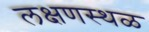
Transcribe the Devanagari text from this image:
लक्षणस्थळ